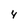
Character: 4